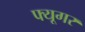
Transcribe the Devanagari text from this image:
फ्यूगर